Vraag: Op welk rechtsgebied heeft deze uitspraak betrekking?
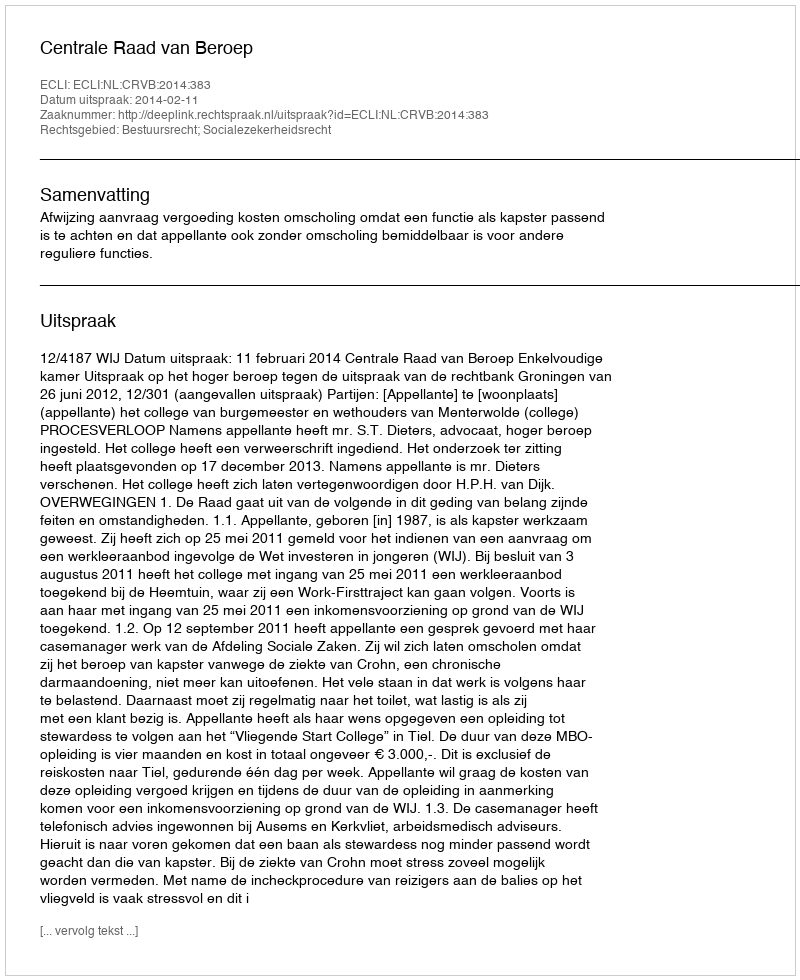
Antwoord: Bestuursrecht; Socialezekerheidsrecht